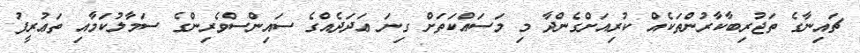
ޗައިނާގެ ތަޖުރިބާކާރުންތަކެއް ކުރިއަށްގެންދާ މި މަސައްކަތަށް ގިނަ ޢަދަދެއްގެ ސައިންސްވެރިންގެ ސަމާލުކަމާއި ތަޢުރީފު